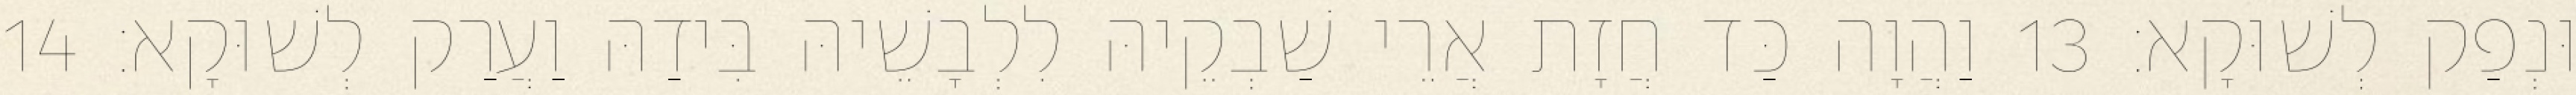
וּנְפַק לְשׁוּקָא׃ 13 וַהֲוָה כַּד חֲזָת אֲרֵי שַׁבְקֵיהּ לִלְבָשֵׁיהּ בִּידַהּ וַעֲרַק לְשׁוּקָא׃ 14